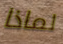
لماذا